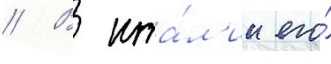
// В ита́л'ии его́